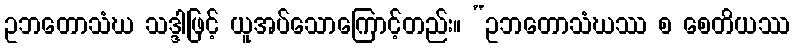
ဥဘတောသံဃ သဒ္ဒါဖြင့် ယူအပ်သောကြောင့်တည်း။ “ဥဘတောသံဃဿ စ စေတိယဿ